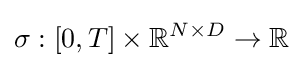
\mathbf {\sigma } :[0,T]\times \mathbb {R} ^{N\times D}\rightarrow \mathbb {R}